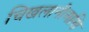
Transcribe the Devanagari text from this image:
चिखलानीआणि